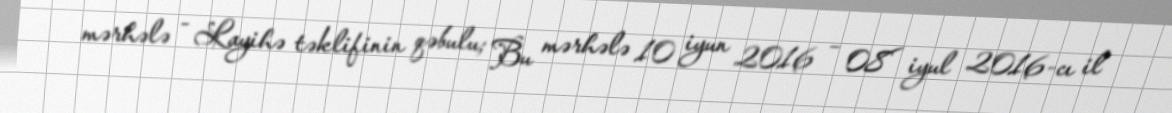
mərhələ - Layihə təklifinin qəbulu; Bu mərhələ 10 iyun 2016 – 08 iyul 2016-cı il